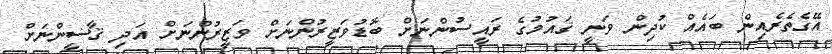
އޭގެތެރެއިން ބައެއް ކުދިން ވަނީ ޤައުމުގެ ރައީސުންނަށް ބޮޑުވަޒީރުންނަށް ވަޒީރުންނަށް އަދި ޤާޟީންނަށް